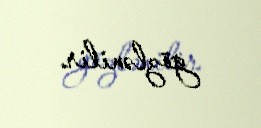
gözlənilir.